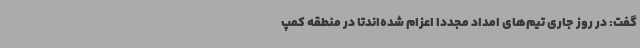
گفت: در روز جاری تیم‌های امداد مجددا اعزام شده‌اندتا در منطقه کمپ